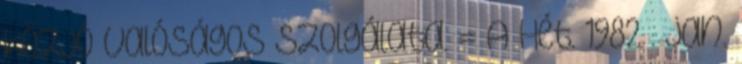
közjó valóságos szolgálata. = A Hét. 1982 . jan.